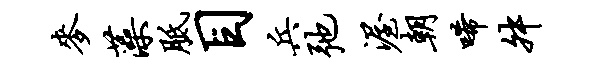
麦藻胝目兵弛渥朝唏舛